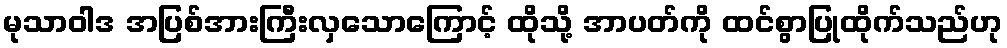
မုသာဝါဒ အပြစ်အားကြီးလှသောကြောင့် ထိုသို့ အာပတ်ကို ထင်စွာပြုထိုက်သည်ဟု